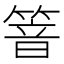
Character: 𰪍